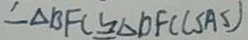
\therefore \Delta B F C \cong \Delta D F C ( S A S )